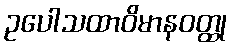
ဥပေါသထာဝိမာနဝတ္ထု